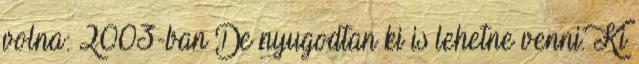
volna: 2003-ban De nyugodtan ki is lehetne venni. Ki